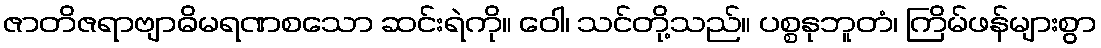
ဇာတိဇရာဗျာဓိမရဏစသော ဆင်းရဲကို။ ဝေါ၊ သင်တို့သည်။ ပစ္စနုဘူတံ၊ ကြိမ်ဖန်များစွာ